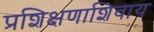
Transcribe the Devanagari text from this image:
प्रशिक्षणाशिवाय